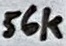
Text: 56k